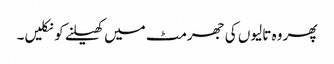
پھر وہ تالیوں کی جھرمٹ میں کھیلنے کو نکلیں۔